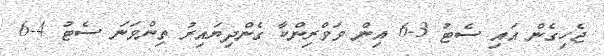
ޖެހިގެން އައި ސެޓު 3-6 އިން ވަވްރިންކާ ގެންދިޔައިރު ތިންވަނަ ސެޓު 4-6